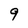
Character: 9